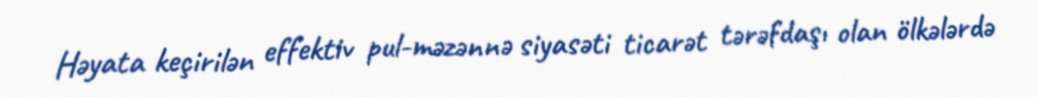
Həyata keçirilən effektiv pul-məzənnə siyasəti ticarət tərəfdaşı olan ölkələrdə